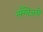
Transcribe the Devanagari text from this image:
लँग्वेजचे